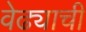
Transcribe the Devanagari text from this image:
वेढ्याची